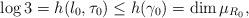
LaTeX: \begin{align*}\log 3=h(\l_0,\tau_0)\le h(\gamma_0)=\dim\mu_{R_0},\end{align*}